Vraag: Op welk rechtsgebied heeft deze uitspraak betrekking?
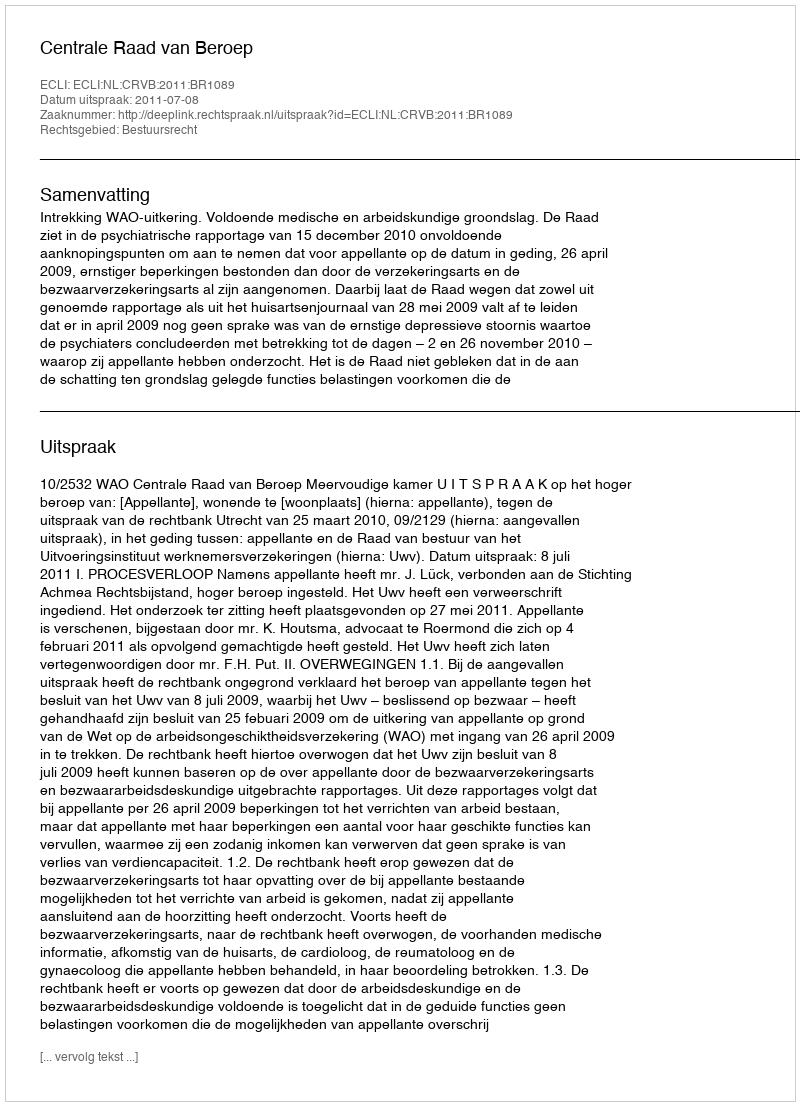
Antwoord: Bestuursrecht